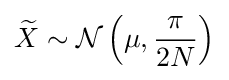
{\widetilde {X}}\sim {\mathcal {N}}\left(\mu ,{\frac {\pi }{2N}}\right)